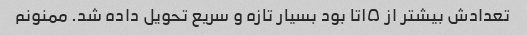
تعدادش بیشتر از ۱۵تا بود بسیار تازه و سریع تحویل داده شد. ممنونم